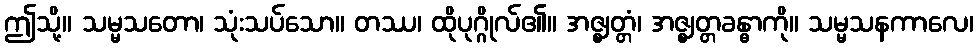
ဤသို့။ သမ္မသတော၊ သုံးသပ်သော။ တဿ၊ ထိုပုဂ္ဂိုလ်၏။ အဇ္ဈတ္တံ၊ အဇ္ဈတ္တခန္ဓာကို။ သမ္မသနကာလေ၊